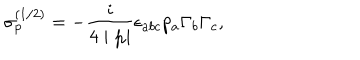
\sigma _ { p } ^ { ( 1 / 2 ) } = - \frac i { 4 \mid \mathbf { p } \mid } \epsilon _ { a b c } p _ { a } \Gamma _ { b } \Gamma _ { c } ,